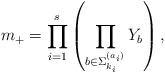
LaTeX: \begin{align*}m_+=\prod_{i=1}^{s} \left( \prod_{b\in \Sigma_{k_i}^{(a_i)}} Y_{b} \right),\end{align*}